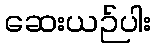
ဆေးယဉ်ပါး